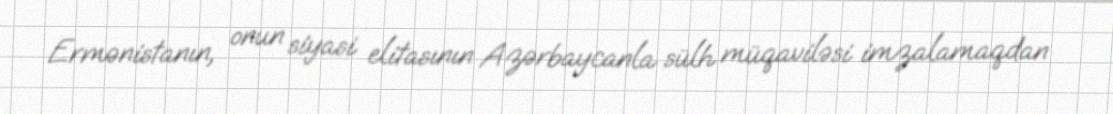
Ermənistanın, onun siyasi elitasının Azərbaycanla sülh müqaviləsi imzalamaqdan